Lock hospitals Punjab
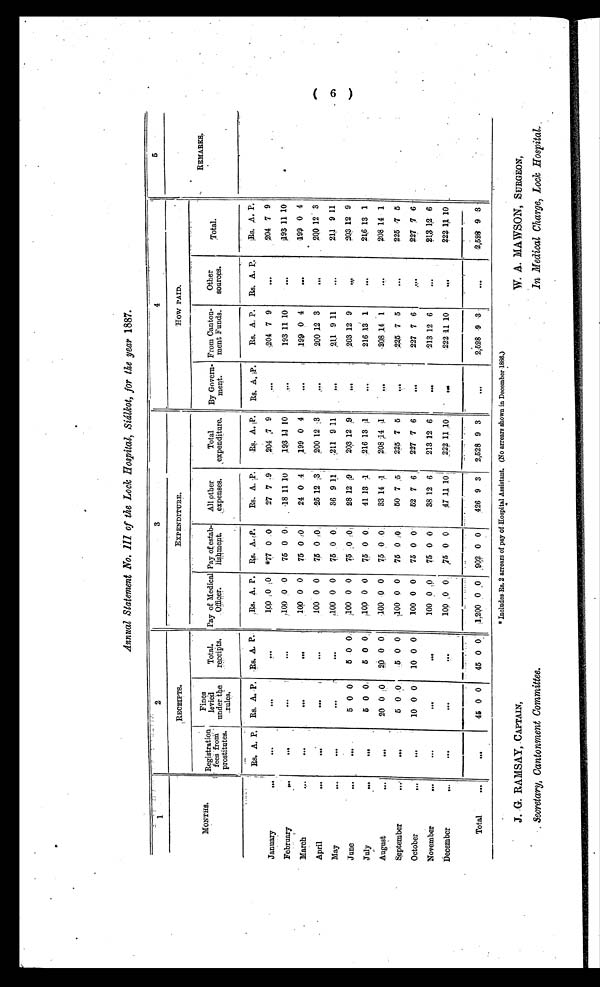
J. G. RAMSAY, CAPTAIN,
Secretary, Cantonment Committee.
W. A. MAWSON, SURGEON,
In Medical Charge, Lock Hospital.
Annual Statement No. III of the Lock Hospital, Siálkot, for the year 1887.
1
2
3
4
5
RECEIPTS.
EXPENDITURE.
HOW PAID.
MONTHS
Registration
fees from
prostitutes.
Fines
levied
under the
rules.
Total
receipts.
Pay of Medical
Officer.
Pay of estab-
l i s h m e n t .
All other
expenses.
Total
expenditure.
By Govern-
ment.
From Canton-
ment Funds.
Other
sources.
Total.
REMARKS.
_
Rs. A. P. Rs. A. P. Rs. A. P.
Rs. A. P. Rs. A. P.
Rs. A.
P .
Rs. A. P.
Rs. A. P.
Rs. A. P. Rs. A. P.
Rs. A. P.
January
...
. . . ...
. . .
1 0 0 0
0 *77 0 0
27 7 9
204 7 9
. . .
204 7 9
. . .
204 7 9
February
...
...
. . .
...
100 0 0
75 0 0
18 11 10
193 1.1 10
...
193 11 10
. . .
193 11 10
March
...
. . .
. . .
...
1 0 0 0 0
75 0 0
24 0 4
199 0 4
199 0 4
. . .
199 0 4
April
...
. . .
...
. . .
100 0 0
75 0 0
25 12 3
200 12 3
. . .
200 12 3
. . .
200 12 3
May
...
. . .
. . .
. . .
100 0 0
7 5 0 0
36 9 11
211 9 11
...
211 9 11
. . .
211 9 11
June
...
. . .
5 0 0
5 0 0
100 0 0
7 5
0 0
28 12 9
203 12 9
. . .
203 12 9
. . .
203 12 9
July
...
...
5 0 0
5 0 0
100 0 0
75 0 0
41 13 1
216 13 1
. . .
216 13 1
. . .
216 13 1
August
...
. . .
20 0 0
2 0
0 0
100 0
0
7 5 0 0
33 14 1
208
1 4 1
...
208 14 1
. . .
208 14 1
September
...
...
5 0 0
5 0 0
100 0 0
75 0 0
50 7 5
2 2 5 7 5
...
225 7 5
. . .
225
7 5
October
...
...
10 0 0
10 0 0
100 0 0
75 0 0
52 7 6
227 7 6
...
227 7 6
. . . .
227 7 6
November
...
. . .
...
...
100 0
0 75 0 0
38 12 6
213 12 6
. . .
213 12 6
, . .
213 12 6
December
...
. . .
. . .
. . .
1 0 0 0
0 75 0 0
47 11
1 0
222 11 10
. . .
222 11
10
. . .
222
1 1
10
Total
...
...
45 0 0
45 0 0
1,200 0
0 902 0 0
426 9 3
2,528 9 3
. . .
2,528 9 3
. . .
2,528 9 3
*Includes Rs, 2 arrears of pay of Hospital Assistant. (No arrears shown in December 1886.)
(6)